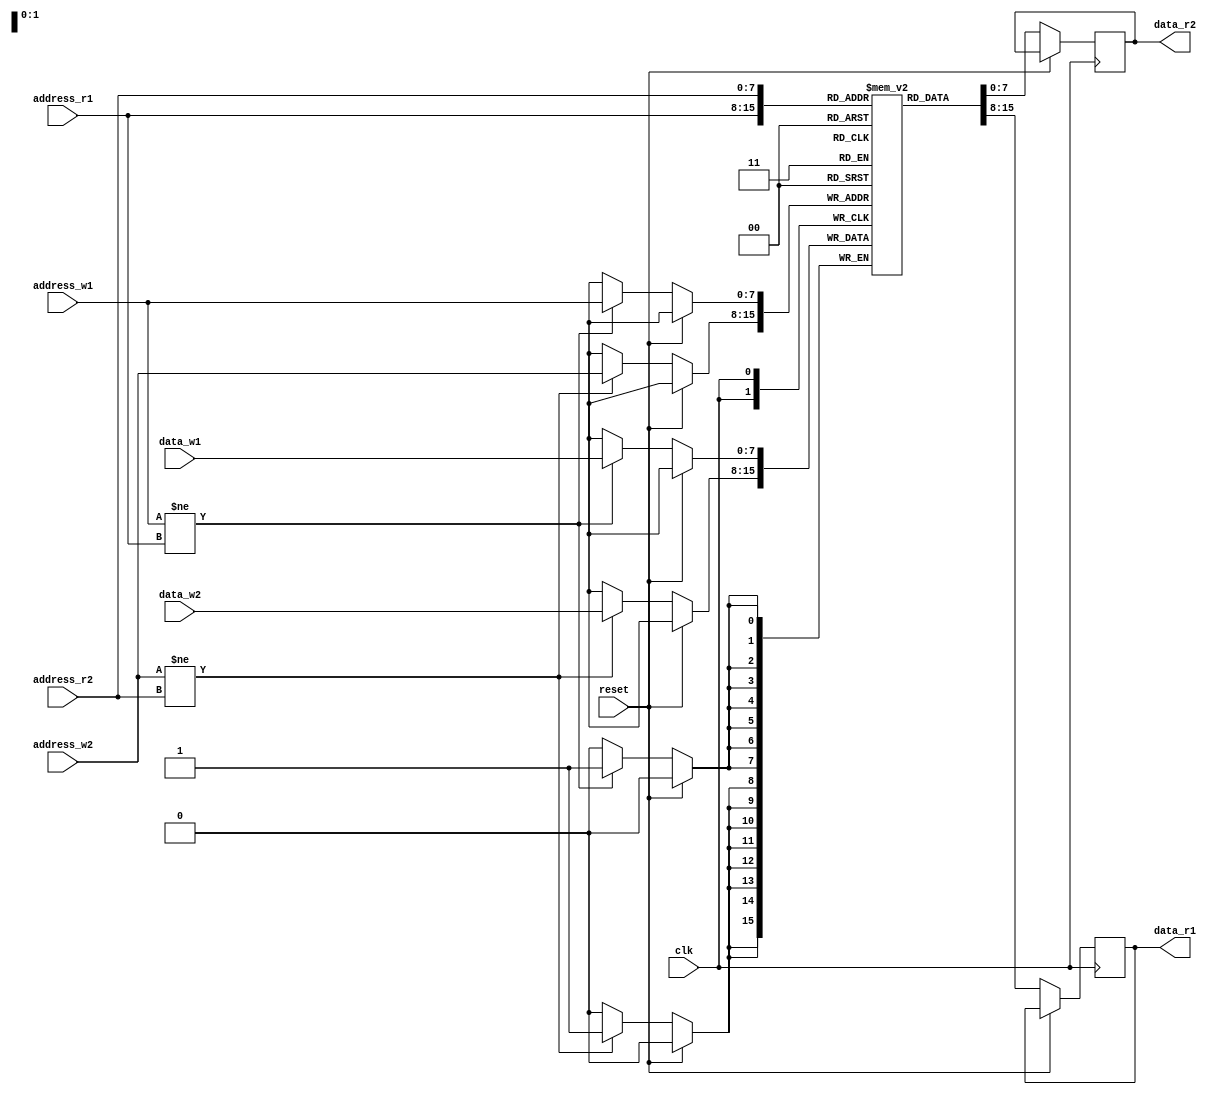
module dual_port_ram (
    input wire clk,
    input wire reset,
    input wire [7:0] address_r1,
    input wire [7:0] address_w1,
    input wire [7:0] data_w1,
    output reg [7:0] data_r1,
    input wire [7:0] address_r2,
    input wire [7:0] address_w2,
    input wire [7:0] data_w2,
    output reg [7:0] data_r2
);

reg [7:0] memory [255:0];

always @(posedge clk) begin
    if (reset) begin
        // Reset sequential logic blocks
    end else begin 
        // Read/write port 1
		data_r1 <= memory[address_r1];
		if (address_w1 != address_r1)
		    memory[address_w1] <= data_w1;

		// Read/write port 2
		data_r2 <= memory[address_r2];
		if (address_w2 != address_r2)
		    memory[address_w2] <= data_w2;
    end
end

endmodule